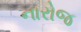
નારોજ